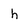
Character: h